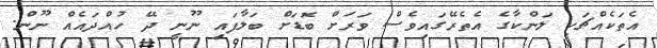
އެތަކެއްޗަކީ ލަންކާގެ އެތެރޭގައިވެސް ވަރަށް ބޮޑަށް ބަލާފައި ނޫނީ ދޭ ހުއްދައެއް ނޫން.